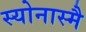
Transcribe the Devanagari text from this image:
स्योनास्मै